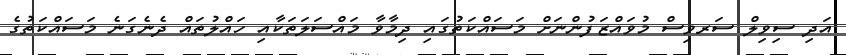
އަދި ސިވިލް ސަރވިސް މުވައްޒަފުންނަށް މަސައްކަތުގައި ދިމާވާ މައްސަލަތަކާއި ހައްލުތައް ދެނެގަނެ މަސައްކަތުގެ